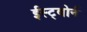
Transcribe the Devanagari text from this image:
ईस्ट्बोर्न